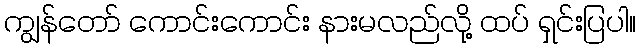
ကျွန်တော် ကောင်းကောင်း နားမလည်လို့ ထပ် ရှင်းပြပါ။